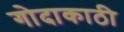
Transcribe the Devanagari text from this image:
गोदाकाठी